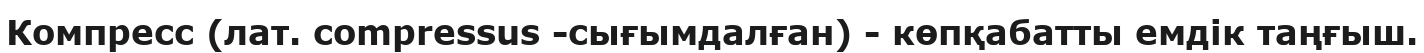
Компресс (лат. compressus -сығымдалған) - көпқабатты емдік таңғыш.